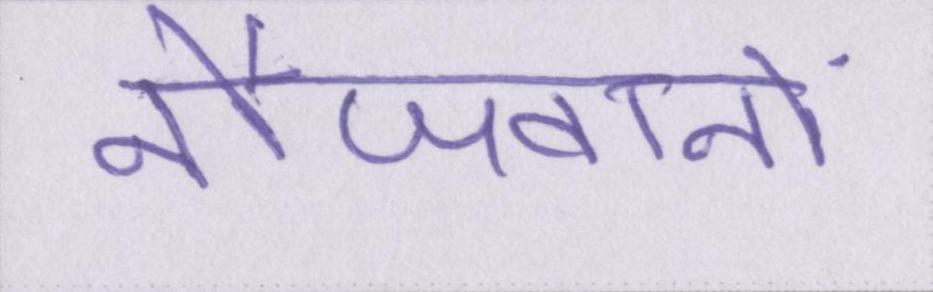
नौजवानों